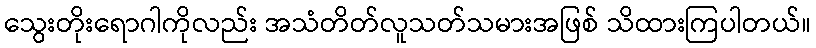
သွေးတိုးရောဂါကိုလည်း အသံတိတ်လူသတ်သမားအဖြစ် သိထားကြပါတယ်။